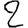
Digit: 2